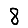
Digit: 8